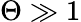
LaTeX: \Theta\gg 1